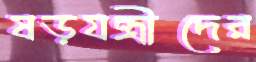
ষড়যন্ত্রীদের